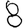
Digit: 8